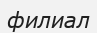
филиал